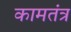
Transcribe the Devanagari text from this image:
कामतंत्र